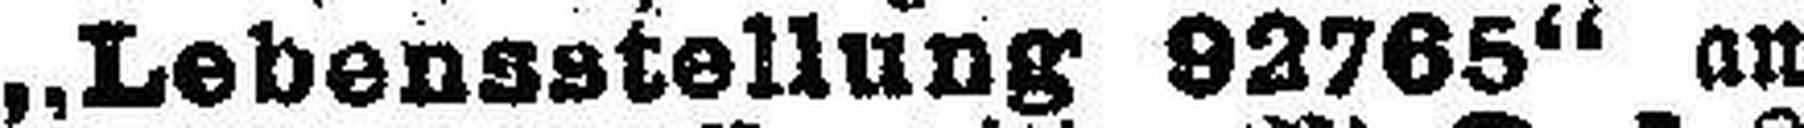
„Lebensstellung 92765“ an